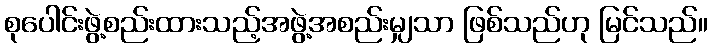
စုပေါင်းဖွဲ့စည်းထားသည့်အဖွဲ့အစည်းမျှသာ ဖြစ်သည်ဟု မြင်သည်။